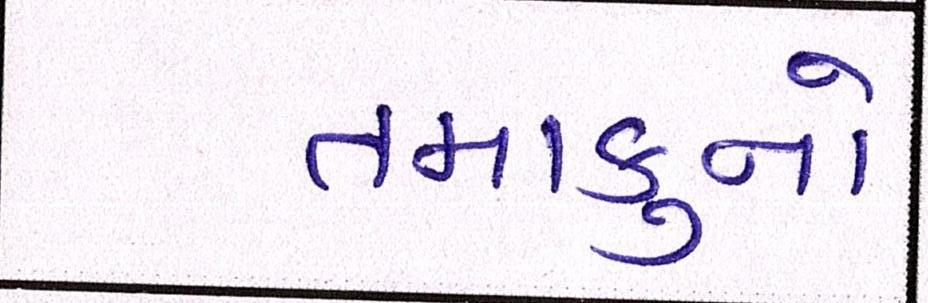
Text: તમાકુનો